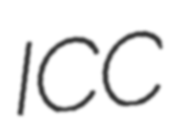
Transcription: ICC